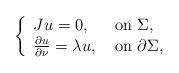
LaTeX: \begin{align*}\left\{\begin{array}{lll}Ju=0,&\mbox{ on }\Sigma,\\\frac{\partial u}{\partial \nu}=\lambda u,&\mbox{ on }\partial\Sigma,\end{array}\right.\end{align*}